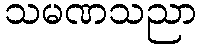
သမဏသညာ